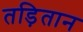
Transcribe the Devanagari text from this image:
तड़ितान